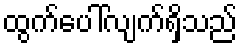
ထွက်ပေါ်လျက်ရှိသည်